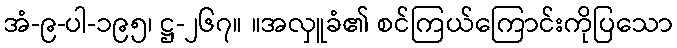
အံ-၉-ပါ-၁၉၅၊ ဋ္ဌ-၂၆၇။ ။အလှူခံ၏ စင်ကြယ်ကြောင်းကိုပြသော